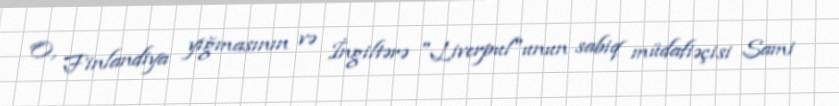
O, Finlandiya yığmasının və İngiltərə "Liverpul"unun sabiq müdafiəçisi Sami